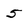
Character: 5